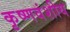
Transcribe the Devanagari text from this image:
कृष्णवंशीय